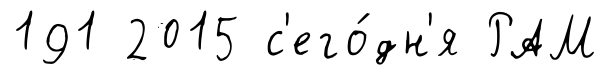
191 2015 с'его́дн'я РАМ